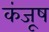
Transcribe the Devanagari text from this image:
कंजूष